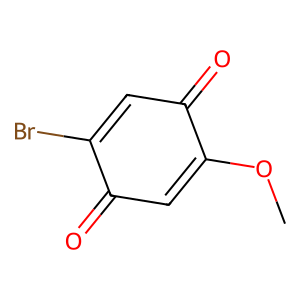
SMILES: COC1=CC(=O)C(Br)=CC1=O
Inhibits HIV replication: No